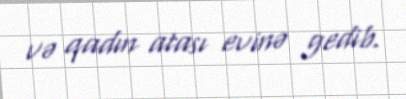
və qadın atası evinə gedib.